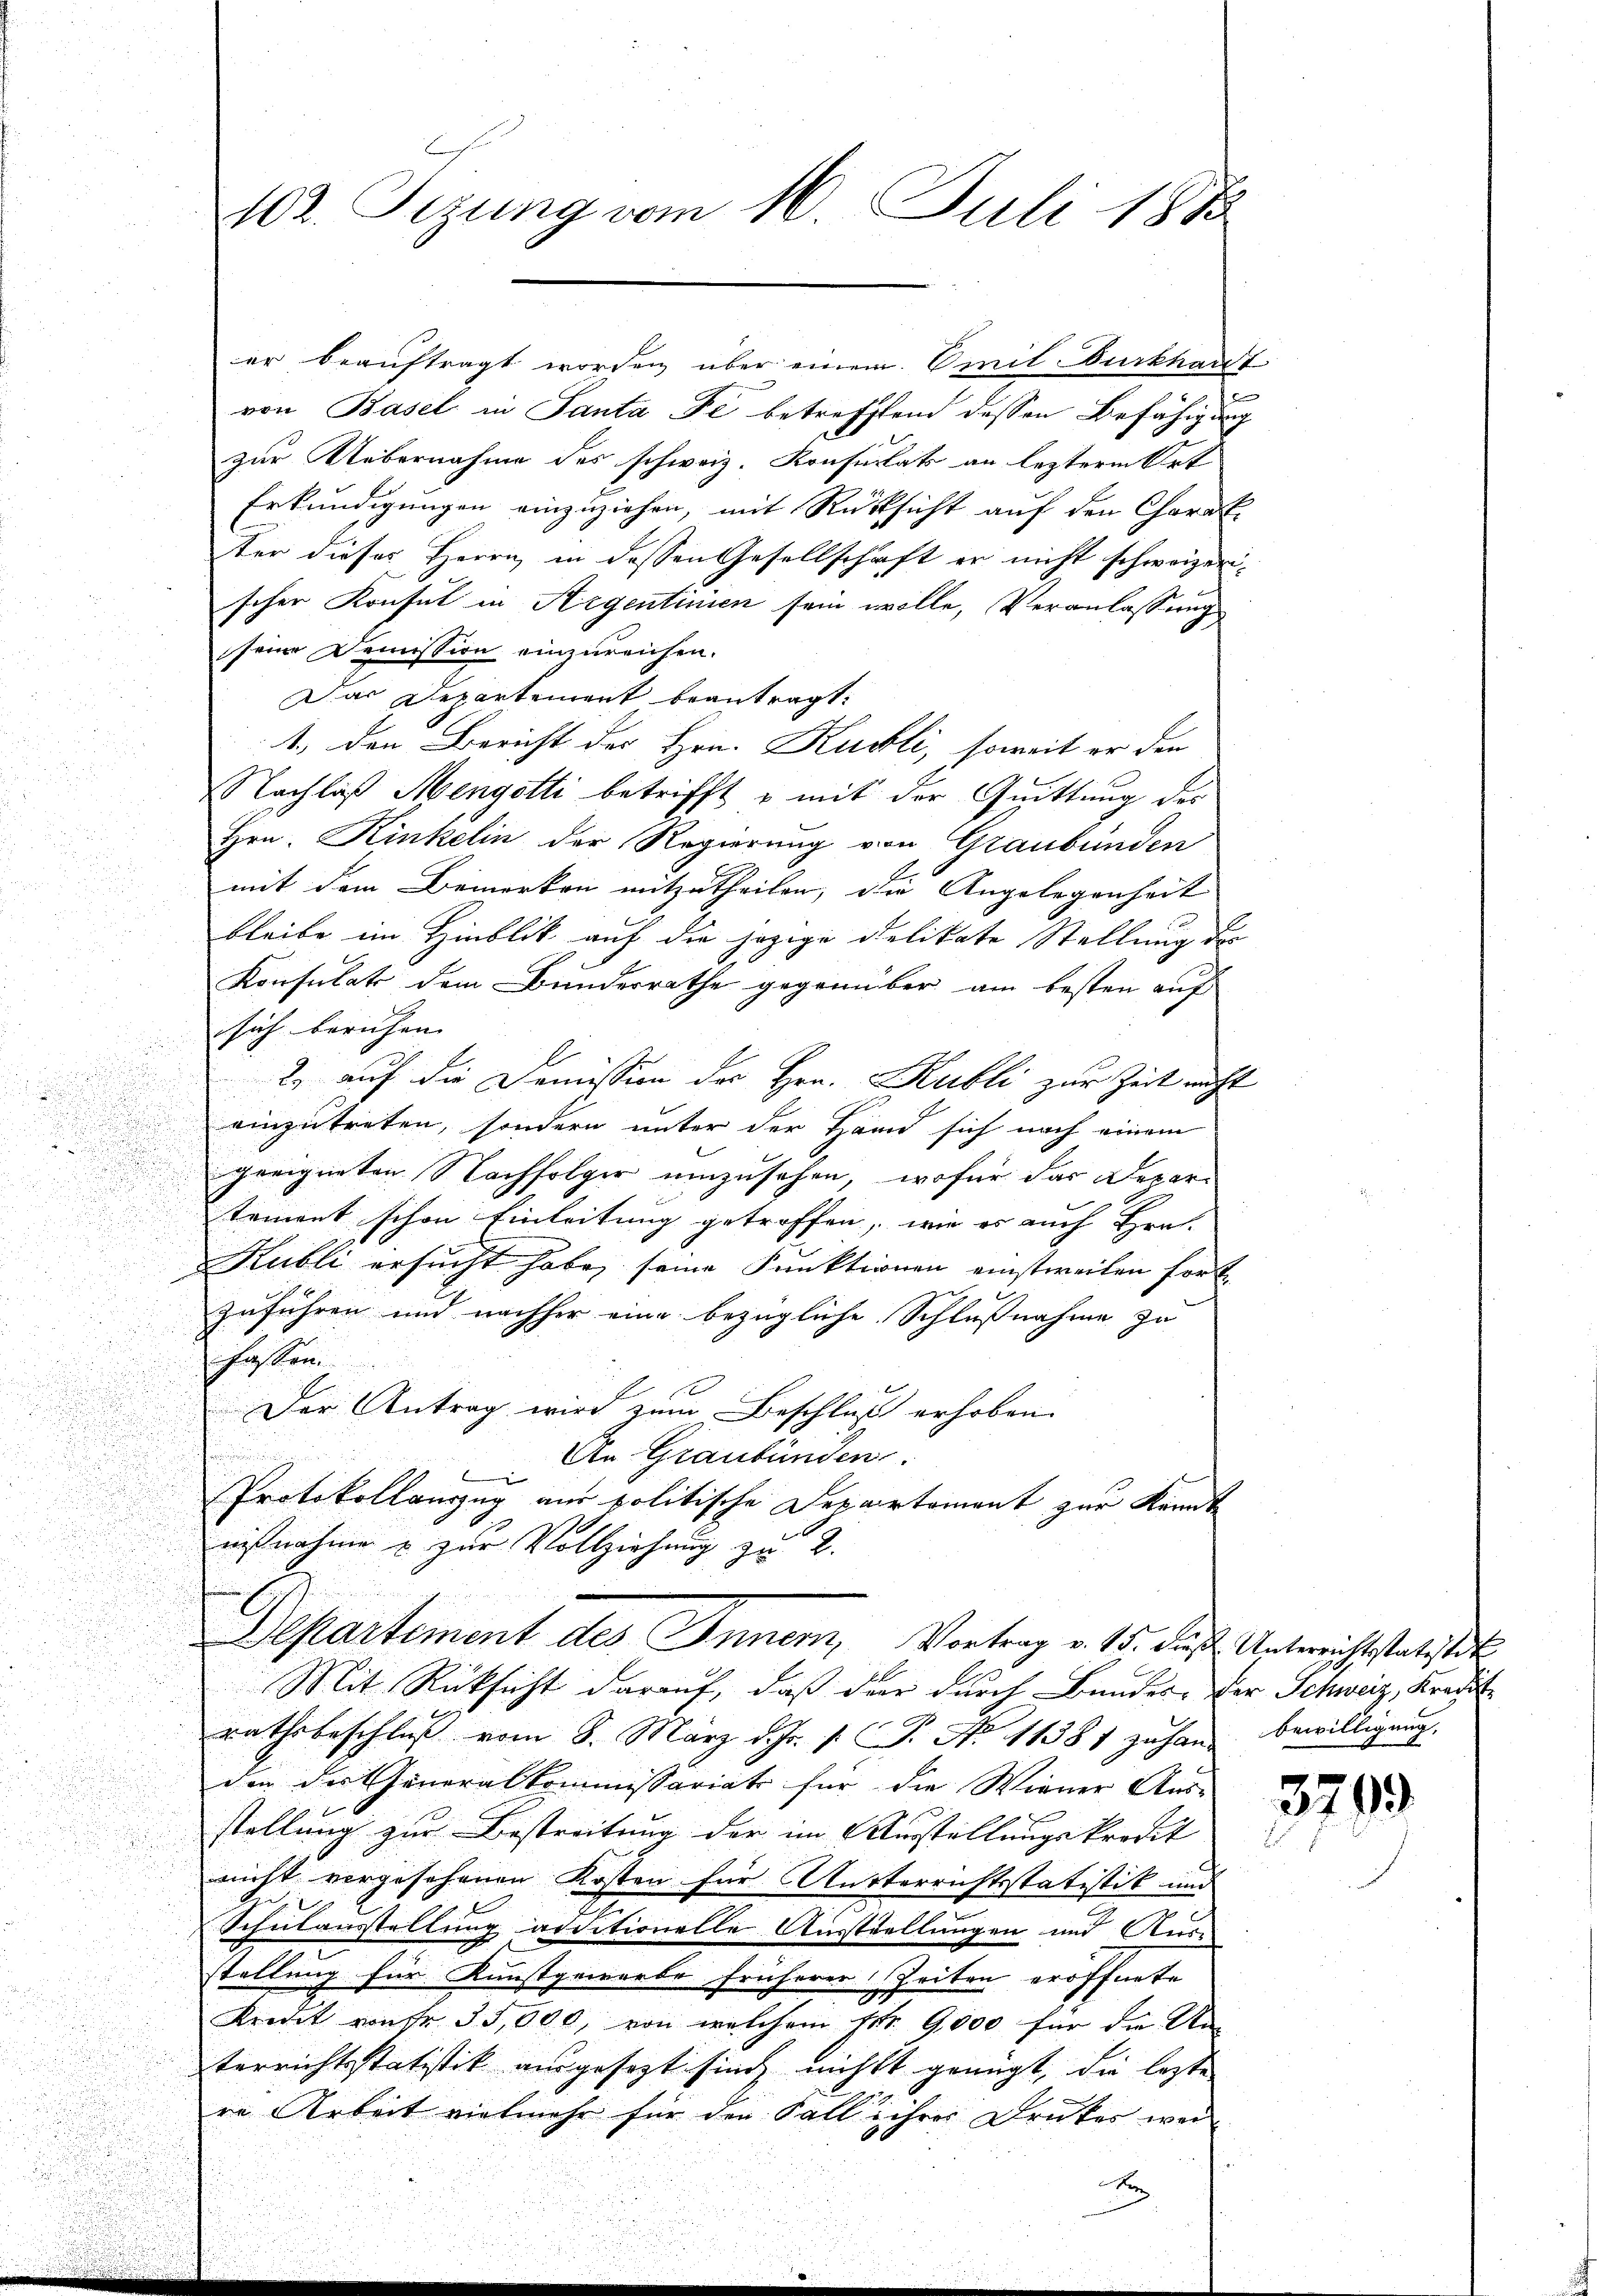
a

102. Sizung vom 16. Juli 1883

er beauftragt worden über einem Omnil Burkhanvon Basel in Santa de betreffend dessen Befähigung
zur Uebernahme des schweiz. Konsulats an lezterm Ort
Erkundigungen einzuziehen, mit Rücksicht auf den Chorat
ter dieser Herrn in dessen Gesellschaft er nicht schweizerscher Konsul in Argentinien sein wolle, Veranlassung
seine Demission einzureichen.
Das Departement beantragt:
1., den Bericht der Hrn. Kubli, soweit er den
.
Nachlaß Mengetti betrifft & mit der Quittung der
i
Hrn. Kinkelin der Regierung von Graubünden
u
mit dem Bemerken mitzutheilen, die Angelegenheit
bleibe im Hinblick auf die jezige Relikate Stellung des
Konsulat dem Bunderrathe gegenüber am besten auf
sich beruhen. |
2. auf die Domission des Hrn. Kubli zur Zeit nicht

n
u
einzutreten, sondern unter der Hand sich nach einem
d

n
.
geeigneten Nachfolger umzusehen, wofür das Depar¬
u
s
u
n
u

tement schon Einleitung getroffen, wie es auch Frei-

Kubli ersucht habe, seine Funktionen einstweilen fort
zuführen und nachher eine bezügliche Schlußnahme zu
fassen.
Der Antrag wird zum Beschluß erhoben

An Graubünden.
Protokollanzug aus politische Departement zur Kennt
nißnahme u. zur Vollziehung zu 2.
Departiment des Inner, Vortrag v. 15. daß Unterichtstatistit
Mit Rücksicht darauf, daß der durch Bunder, der Schweiz, Kredit-

rathsbeschluß vom 8. März d. Js. s. S. No 11381 zuhan bewilligung.
den der Generalkommissariat für die Wiener Aus-
stellung zur Bestreitung der im Ausstellungskredit
nicht vorgesehenen Kosten für Autterrichtsstatistik und
Schulausstellung additionelle Ausstellungen und Aus-
stellung für Kunstgewerbe früherer Zeiten eröffnete
Kredit von Fr. 35,000, von welchem Nr. 9000 für die An-
terrichtsstatistik ausgesezt sind nichtt genügt, die lezte
re Arbeit vielmehr für den Fall ihrer Druckes wei

b
u

3799